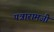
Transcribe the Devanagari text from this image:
पन्नारामजी